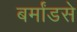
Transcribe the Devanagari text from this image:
बर्मांडसे